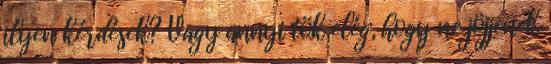
ilyen kérdések? Vagy annyi tök elég, hogy ne jöjjenek